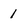
Character: 1